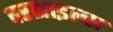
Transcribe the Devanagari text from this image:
वरसाइल्स